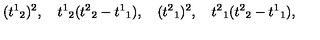
( { t ^ { 1 } } _ { 2 } ) ^ { 2 } , \quad { t ^ { 1 } } _ { 2 } ( { t ^ { 2 } } _ { 2 } - { t ^ { 1 } } _ { 1 } ) , \quad ( { t ^ { 2 } } _ { 1 } ) ^ { 2 } , \quad { t ^ { 2 } } _ { 1 } ( { t ^ { 2 } } _ { 2 } - { t ^ { 1 } } _ { 1 } ) ,